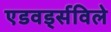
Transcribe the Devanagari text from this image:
एडवर्ड्सविले